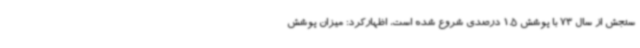
سنجش از سال 73 با پوشش 1.5 درصدی شروع شده است، اظهارکرد: میزان پوشش